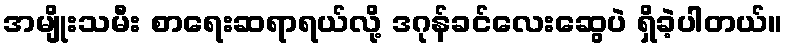
အမျိုးသမီး စာရေးဆရာရယ်လို့ ဒဂုန်ခင်လေးဆွေပဲ ရှိခဲ့ပါတယ်။